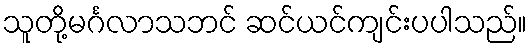
သူတို့မင်္ဂလာသဘင် ဆင်ယင်ကျင်းပပါသည်။